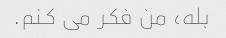
بله، من فکر می کنم.